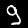
Label: 9